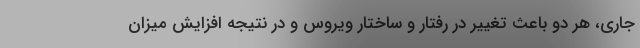
جاری، هر دو باعث تغییر در رفتار و ساختار ویروس و در نتیجه افزایش میزان